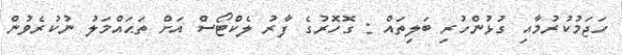
ހަޖަމުކުރުމާއި ގުޅުންހުރި ބަލިތައް : ގޮހޮރުގެ ފާރު ލެކްޓޯސް އަށް ތަޙައްމަލު ނުކުރެވުން